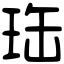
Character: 珤